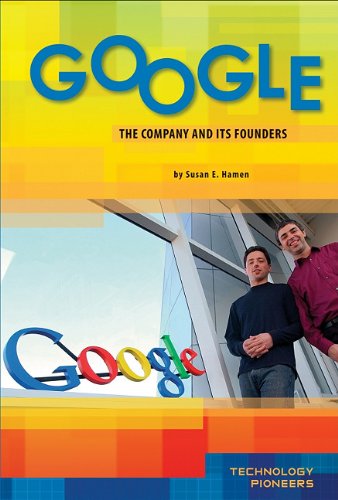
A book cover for Google: The Company and Its Founders (Technology Pioneers); Susan E. Hamen; Teen & Young Adult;